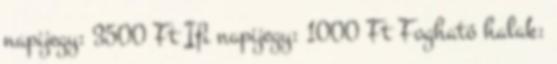
napijegy: 3500 Ft Ifi napijegy: 1000 Ft Fogható halak: